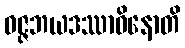
ဝဇ္ဇဘယဒဿာဝိနောတိ